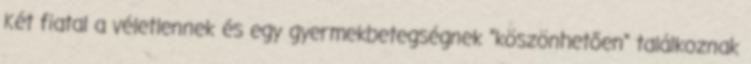
Két fiatal a véletlennek és egy gyermekbetegségnek "köszönhetően" találkoznak